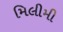
મિલીમી